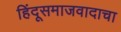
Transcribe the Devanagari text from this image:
हिंदूसमाजवादाचा